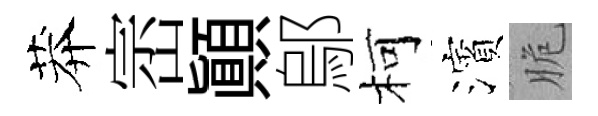
莽崈顛鄔柯濱脆